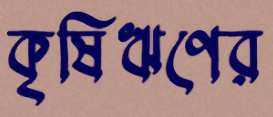
কৃষিঋণের